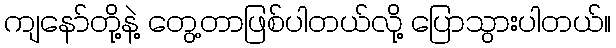
ကျနော်တို့နဲ့ တွေ့တာဖြစ်ပါတယ်လို့ ပြောသွားပါတယ်။